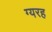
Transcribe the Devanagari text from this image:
ग्यरह